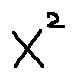
x ^ { 2 }